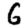
Digit: 6